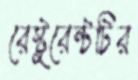
রেস্টুরেন্টটির